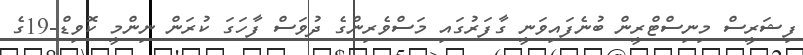
ފިޝަރީސް މިނިސްޓްރީން ބުނެފައިވަނީ ގާފަރުގައި މަސްވެރިންގެ ދުވަސް ފާހަގަ ކުރަން ނިންމީ ކޮވިޑް-19ގެ